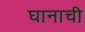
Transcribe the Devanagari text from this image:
घानाची